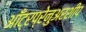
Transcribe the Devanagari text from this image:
आँट्रप्रेनुअरशीप